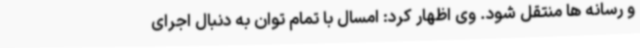
و رسانه ها منتقل شود. وی اظهار کرد: امسال با تمام توان به دنبال اجرای